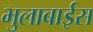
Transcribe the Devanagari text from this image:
भुलाबाईस